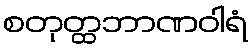
စတုတ္ထဘာဏဝါရံ